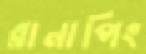
রানাপিং